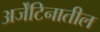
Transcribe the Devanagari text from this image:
अर्जेंटिनातील